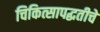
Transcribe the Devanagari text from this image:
चिकित्सापद्धतीचे